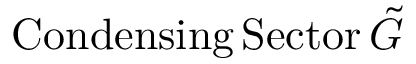
\mathrm { C o n d e n s i n g } \, \mathrm { S e c t o r } \, \tilde { G }